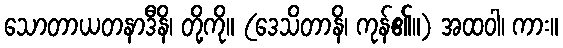
သောတာယတနာဒီနိ၊ တို့ကို။ (ဒေသိတာနိ၊ ကုန်၏။) အထဝါ၊ ကား။